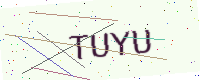
Text: TUYU